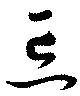
忘